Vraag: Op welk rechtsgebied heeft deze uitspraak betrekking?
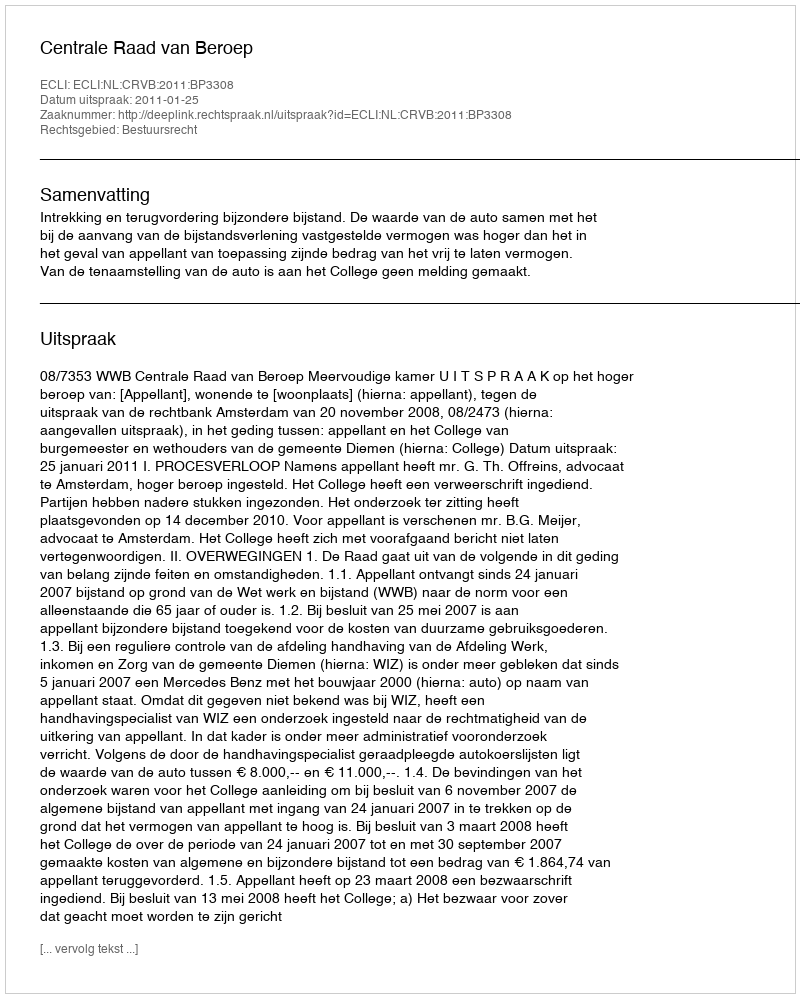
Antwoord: Bestuursrecht